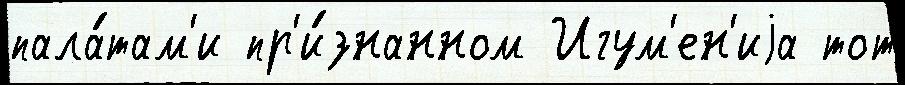
пала́там'и пр'и́знанном Игум'ен'иjа тот